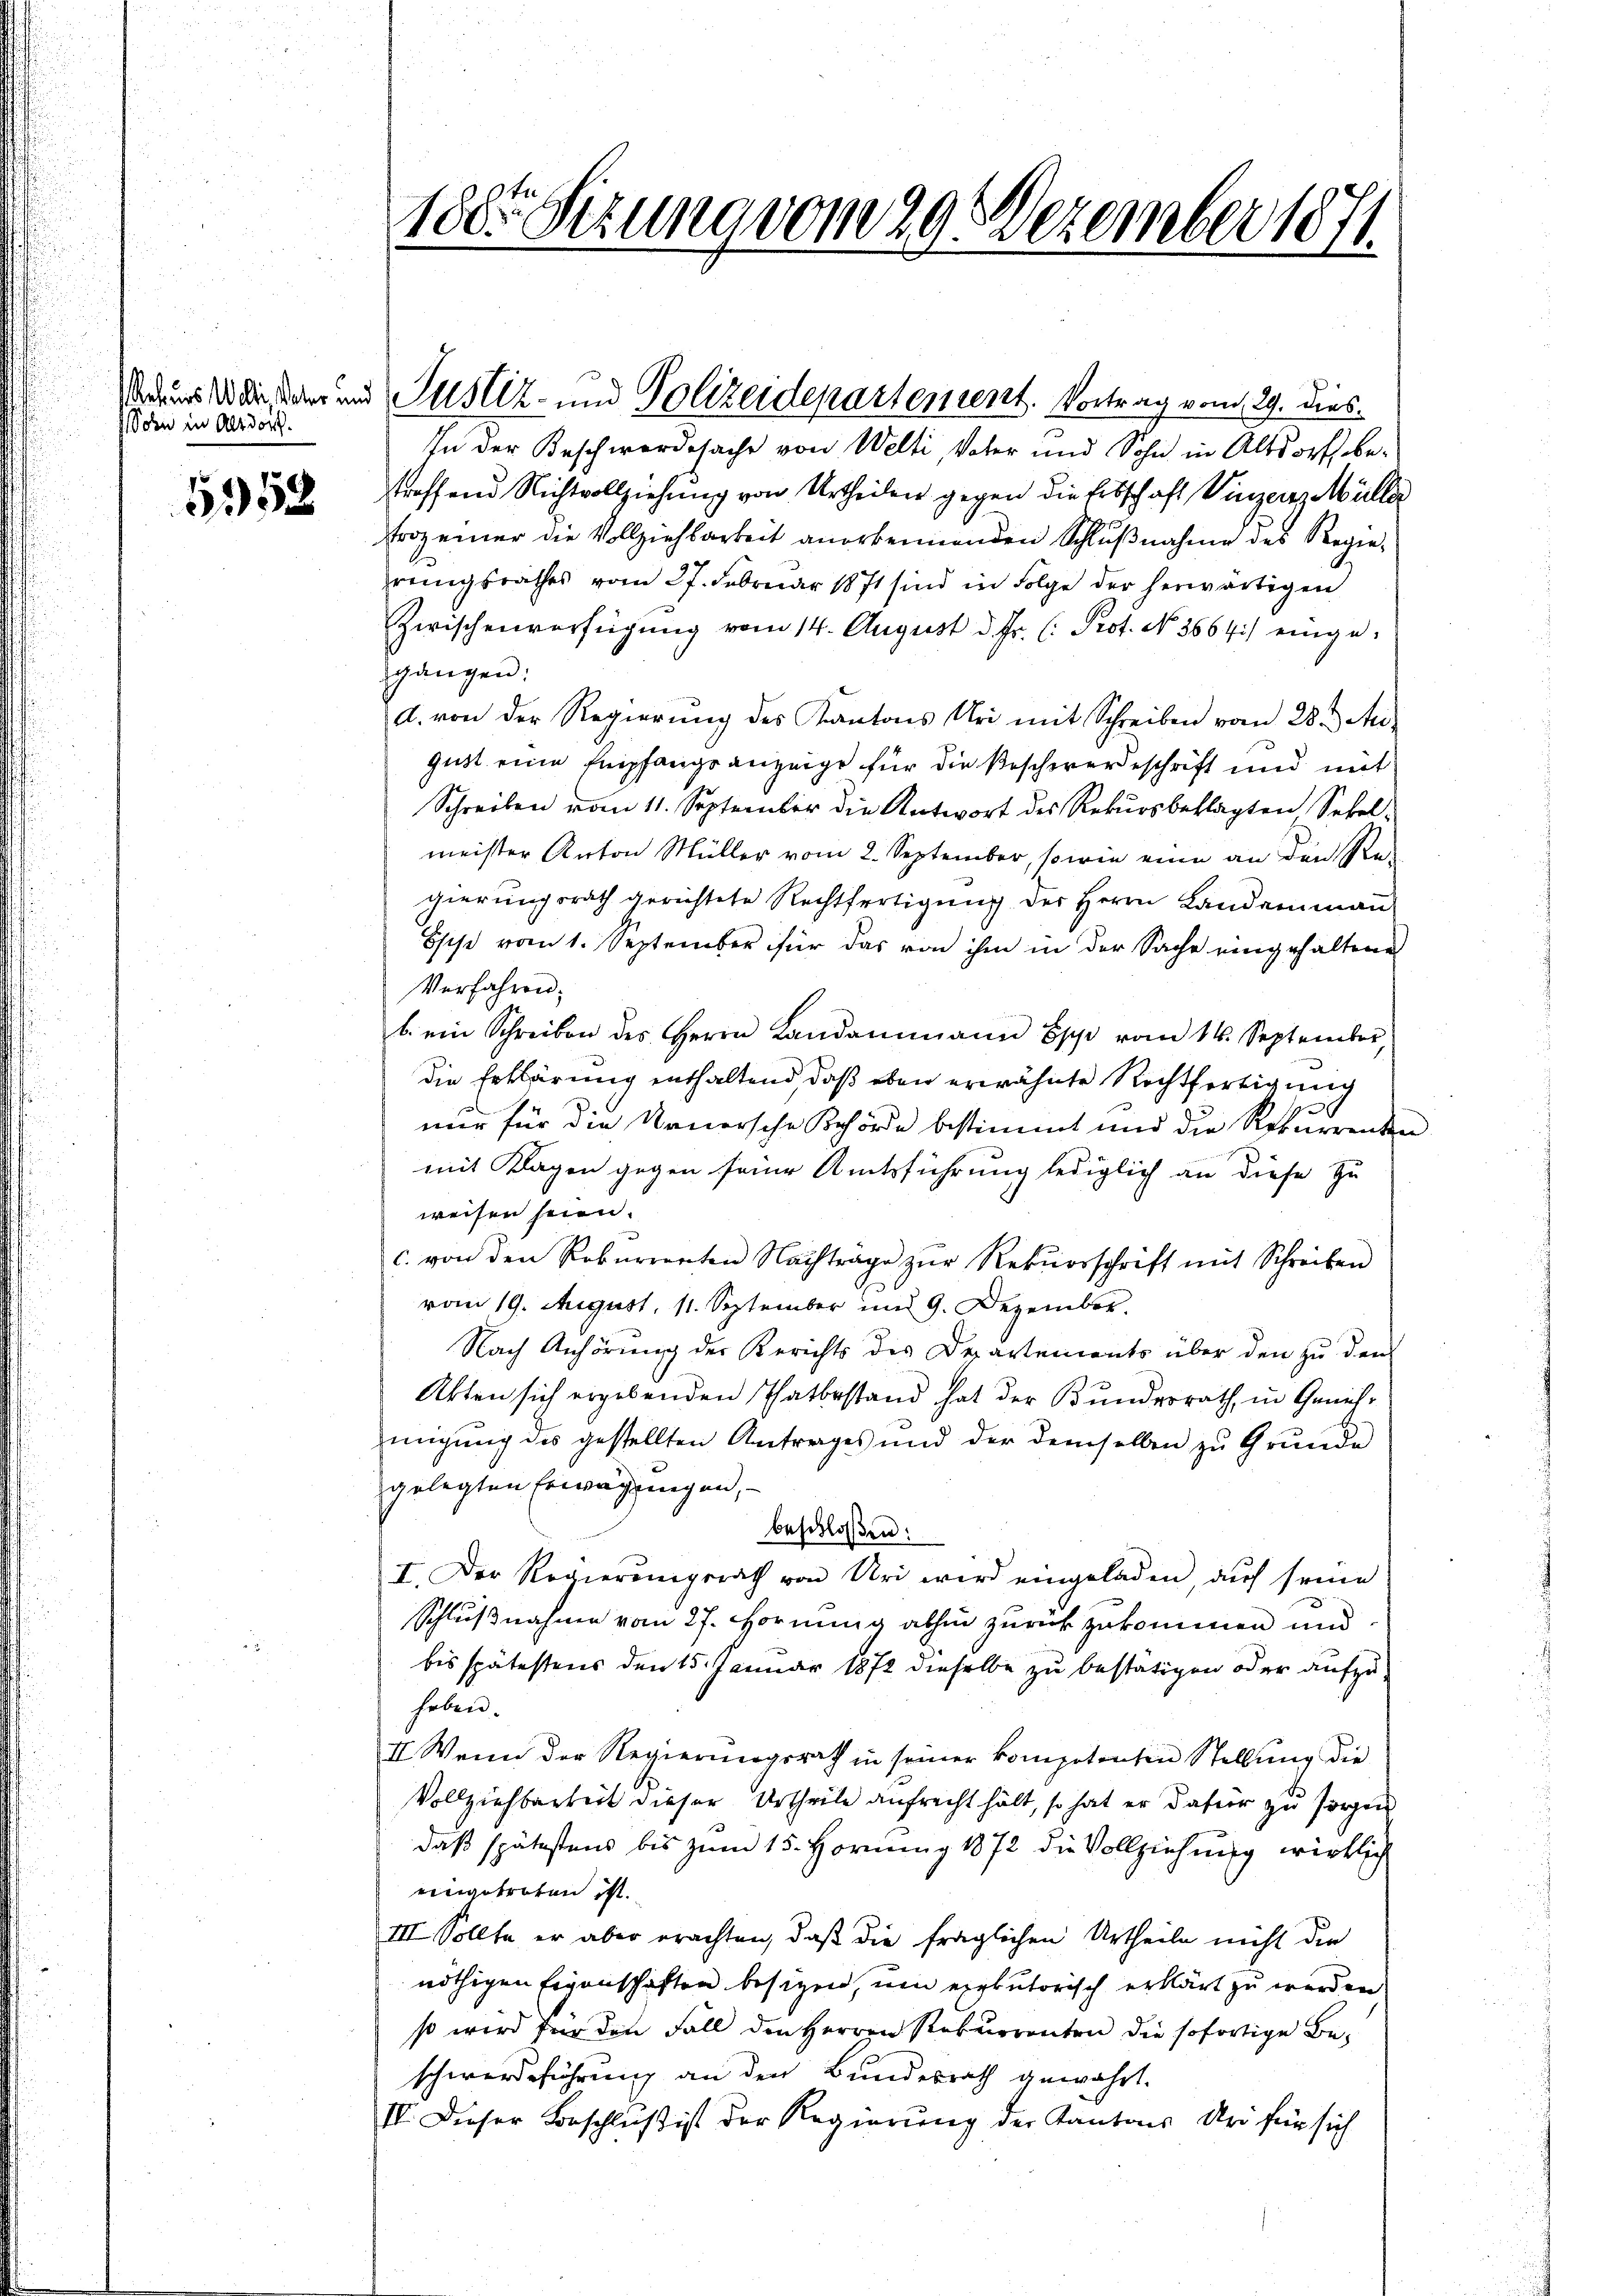
Sohn in Altdorf.

1358

In der Beschwerdesache von Welti, Vater und Sohn in Altdorf bestroffend Nichtvollziehung von Urtheilen gegen die Erbschaft Vinzers Müller
Fraz einer die Vollziehbarkeit anerkennenden Schlußnahme des Regieprungsrathes vom 27. Februar 1871 sind in Folge der herwärtigen
Zwischenverfügung vom 14. August d. Fr. (: Prot. No. 3664.) eingegangen:
d. von der Regierung des Kantons Uri mit Schreiben vom 28. Au
gust eine Empfangsanzeige für die Beschwerdeschrift und mit
Schreiben vom 11. September die Antwort des Rekursbeklagten Sekelmeister Anton Müller vom 2. September, sowie eine an den Re-
gierungsrath gerichtete Rechtfertigŭng der Herrn Landammann
Esche vom 1. September für das von ihm in der Sache eingehaltene
Verfahren.
b. ein Schreiben des Herrn Landammann Espi vom 14. September,
die Erklärung enthaltend, daß eben erwähnte Rechtfertigung
nur für die Urnersche Behörde bestimmt und die Rekurrenten
mit Klagen gegen seine Amtsführung lediglich an diese Zu
weisen seien.
c. von den Roberrenten Nachträge zŭr Rekursschrift mit Schreiben
vom 19. August, 11. September und 9. Dezember.
Nach Anhörung der Berichts des Departements über den zu dem
Akten sich ergebenden Thatbestand hat der Bundesrath, in Genehmigŭng des gestellten Antrages und der demselben zŭ Grŭnde
gelegten Erwägungen,
beschloßen:
I. Der Regierungsrath von Uri wird eingeladen, auf seine
Schlußnahme vom 27. Hornung abhin zurückzukommen und
bis spätestens den 15. Januar 1872 dieselbe zu bestätigen oder aufzuhaben.
II. Wenn der Regierungsrath in seiner kompetenten Stellŭng die
Vollziehbarkeit dieser Urtheile aufrecht hält, so hat er dafür zu sorgen
daß spätestens bis zum 15. Hornung 1872 die Vollziehung wirklich
eingetreten ist.
III. Sollte er aber erachten, daß die fraglichen Urtheile nicht die
nöthigen Eigenschaften besitzen, um exekutorisch erklärt zu werden
so wird für den Fall den Herren Rekurrenten die sofortige Beschwerdeführung an den Bundesrath gewährt.
IV. Dieser Beschluß ist der Regierung der Kantons Uri für sich

180te Sitzung vom 29. Dezember 1871.

dauer der dann und Justiz- und Polizeidepartement. Vortrag vom 29. dies¬